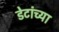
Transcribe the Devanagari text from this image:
डेटांच्या